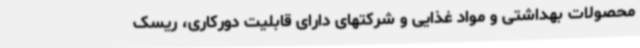
محصولات بهداشتی و مواد غذایی و شرکتهای دارای قابلیت دورکاری، ریسک